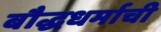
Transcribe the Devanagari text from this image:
बौद्धधर्माची